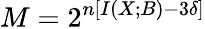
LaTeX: M=2^{n\left[I\left(X;B\right)-3\delta\right]}